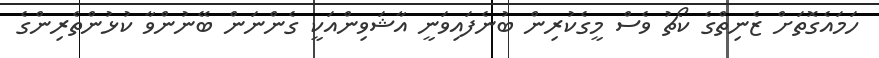
ހަމައެގޮތަށް ޒެނިތްގެ ކޯޗު ވެސް މީގެކުރިން ބުނެފައިވަނީ އާޝަވިންއަކީ ގެންނަން ބޭނުންވާ ކުޅުންތެރިންގެ